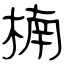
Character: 楠